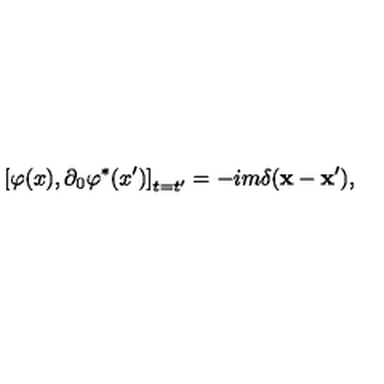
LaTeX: \left[ \varphi ( x ) , \partial _ { 0 } \varphi ^ { * } ( x ^ { \prime } ) \right] _ { t = t ^ { \prime } } = - i m \delta ( \mathbf { x } - \mathbf { x } ^ { \prime } ) ,